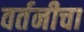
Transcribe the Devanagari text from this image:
वर्तनीचा